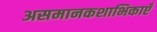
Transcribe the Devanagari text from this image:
असमानकशाभिकाएँ